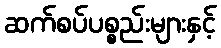
ဆက်စပ်ပစ္စည်းများနှင့်